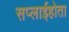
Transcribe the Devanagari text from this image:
सप्लाईहोता